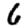
Digit: 6